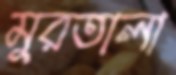
মুরতালা